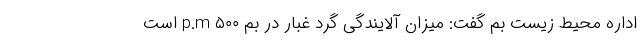
اداره محیط زیست بم گفت: میزان آلایندگی گرد غبار در بم ۵۰۰ p.m است